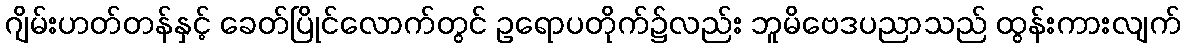
ဂျိမ်းဟတ်တန်နှင့် ခေတ်ပြိုင်လောက်တွင် ဥရောပတိုက်၌လည်း ဘူမိဗေဒပညာသည် ထွန်းကားလျက်